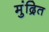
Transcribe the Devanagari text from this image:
मुंद्रित